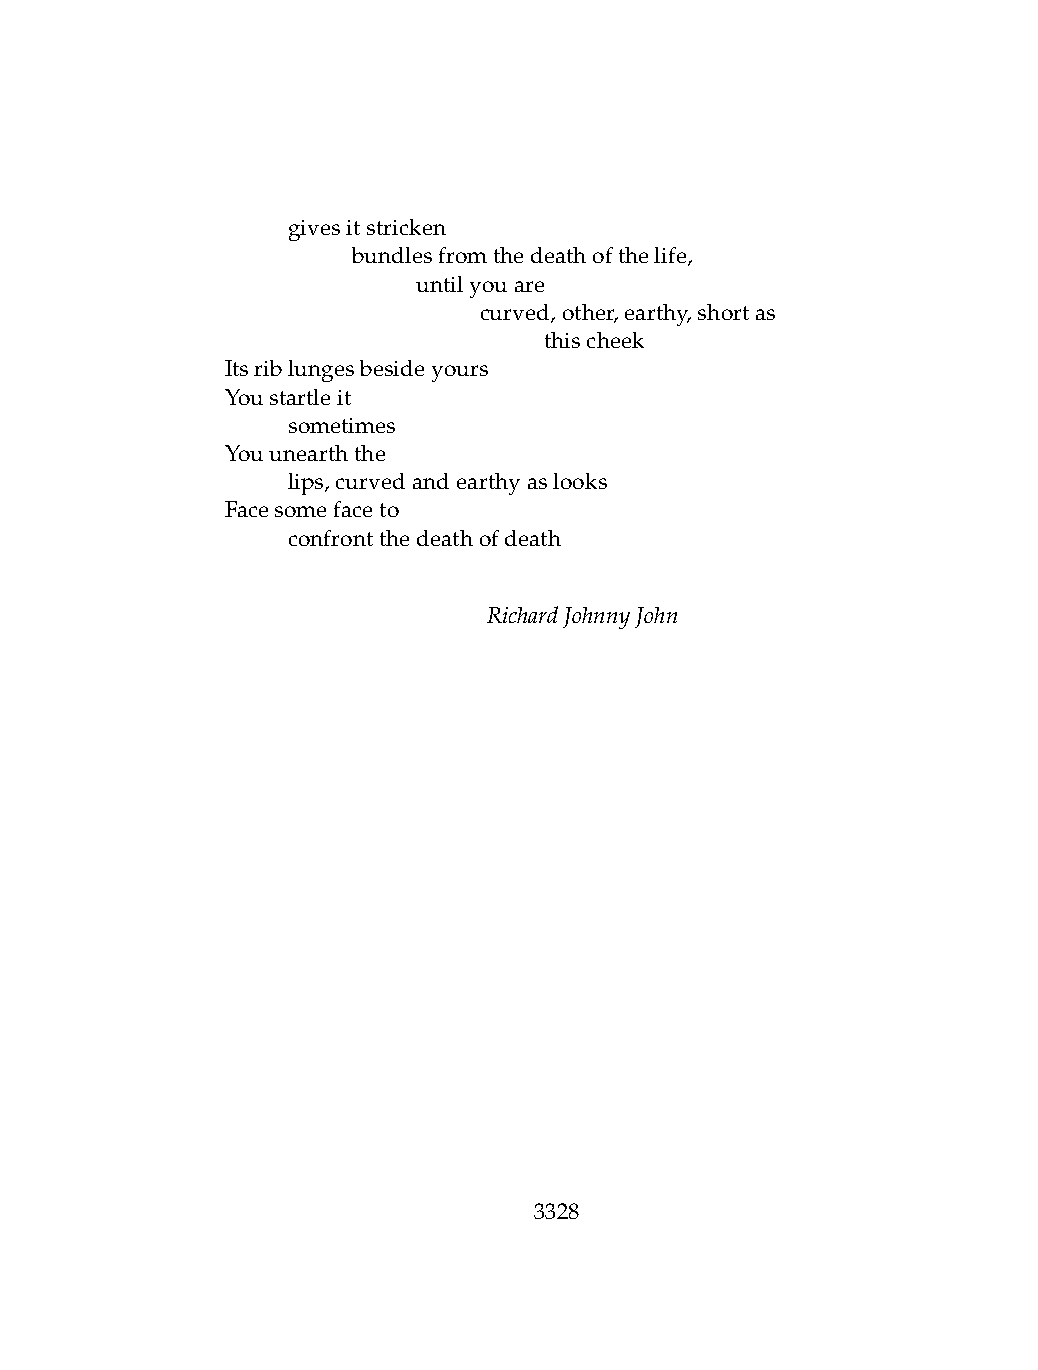
.   givesitstricken
 .   .   bundlesfromthedeathofthelife,
 .   .   .    untilyouare
 .   .   .    .   curved,other,earthy,shortas
 .   .   .    .   .   thischeek
 Itsriblungesbesideyours
 Youstartleit
 .   sometimes
 Youunearththe
 .   lips,curvedandearthyaslooks
 Facesomefaceto
 .   confrontthedeathofdeath
 RichardJohnnyJohn
 3328